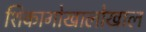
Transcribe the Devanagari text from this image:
शिकागोखालोखाल